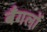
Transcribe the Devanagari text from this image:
बँगलों